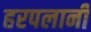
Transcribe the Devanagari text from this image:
हरपलानी